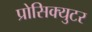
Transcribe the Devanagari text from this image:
प्रोसिक्युटर